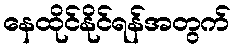
နေထိုင်နိုင်ရန်အတွက်